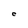
Character: C